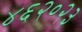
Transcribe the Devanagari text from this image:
४६२०२३